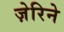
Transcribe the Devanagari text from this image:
ज़ेरिने